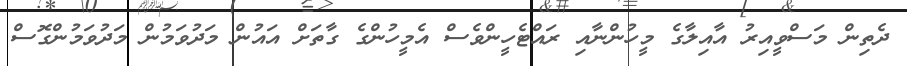
ދެތިން މަސްވީއިރު އާއިލާގެ މީހުންނާއި ރައްޓެހީންވެސް އެމީހުންގެ ގާތަށް އައުން މަދުވަމުން މަދުވަމުންގޮސް